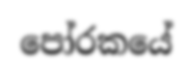
පෝරකයේ